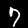
Digit: 7